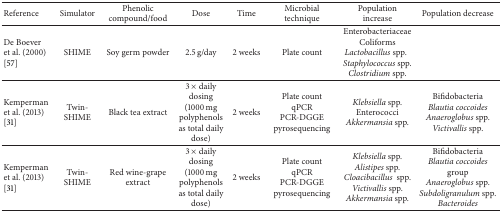
| Reference | Simulator | Phenolic compound/food | Dose | Time | Microbial technique | Population increase | Population decrease |
 | --- | --- | --- | --- | --- | --- | --- | --- |
 | De Boever et al. (2000) [57] | SHIME | Soy germ powder | 2.5 g/day | 2 weeks | Plate count | Enterobacteriaceae ColiformsLactobacillus spp.Staphylococcus spp.Clostridium spp. |  |
 | Kemperman et al. (2013) [31] | Twin-SHIME | Black tea extract | 3 × daily dosing (1000 mg polyphenols as total daily dose) | 2 weeks | Plate countqPCRPCR-DGGEpyrosequencing | Klebsiella spp.Enterococci Akkermansia spp. | BifidobacteriaBlautia coccoidesAnaeroglobus spp.Victivallis spp. |
 | Kemperman et al. (2013) [31] | Twin-SHIME | Red wine-grape extract | 3 × daily dosing (1000 mg polyphenols as total daily dose) | 2 weeks | Plate countqPCRPCR-DGGEpyrosequencing | Klebsiella spp.Alistipes spp.Cloacibacillus  spp.Victivallis spp.Akkermansia spp. | BifidobacteriaBlautia coccoides groupAnaeroglobus spp.Subdoligranulum spp. Bacteroides |